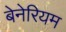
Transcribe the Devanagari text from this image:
बेनेरियम